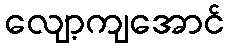
လျော့ကျအောင်